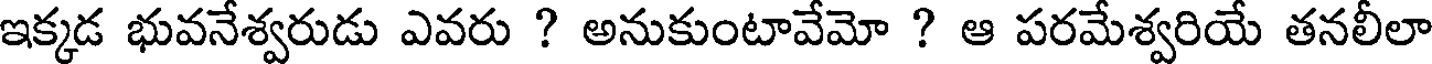
ఇక్కడ భువనేశ్వరుడు ఎవరు ? అనుకుంటావేమో ? ఆ పరమేశ్వరియే తనలీలా